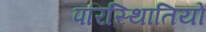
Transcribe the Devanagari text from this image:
परिस्थिातियों